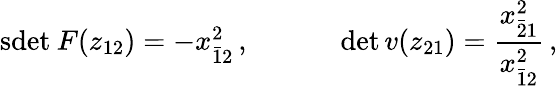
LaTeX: \begin{array}{cc}{{\mathrm{sdet}\: F(z_{12})=-x_{\bar{1}2}^{2}\, ,~~~~}}&{{~~~~\operatorname*{det}v(z_{21})=\displaystyle{\frac{x_{\bar{2}1}^{2}}{x_{\bar{1}2}^{2}}}\, ,}}\end{array}